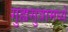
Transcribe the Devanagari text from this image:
गुह्यसुत्रामध्ये